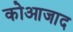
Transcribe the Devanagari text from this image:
कोआजाद